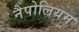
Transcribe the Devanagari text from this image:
नैपोलियम